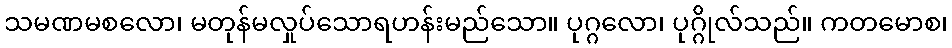
သမဏမစလော၊ မတုန်မလှုပ်သောရဟန်းမည်သော။ ပုဂ္ဂလော၊ ပုဂ္ဂိုလ်သည်။ ကတမောစ၊